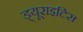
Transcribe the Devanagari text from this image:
ड्यूराइटिस